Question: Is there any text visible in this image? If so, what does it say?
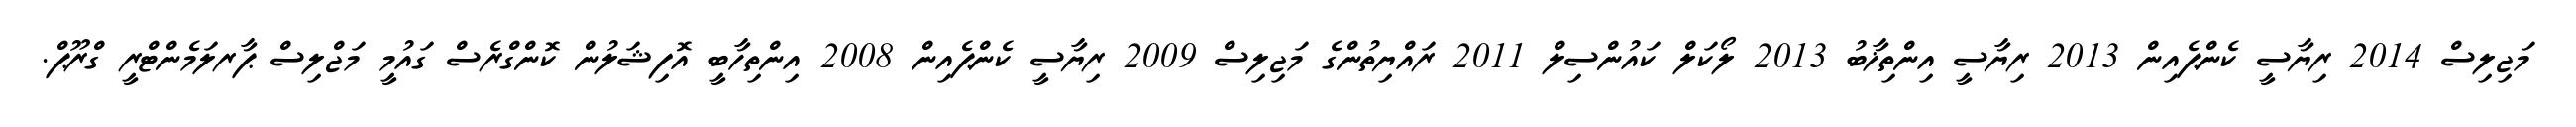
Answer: މަޖިލިސް 2014 ރިޔާސީ ކެންޕެއިން 2013 ރިޔާސީ އިންތިޚާބު 2013 ލޯކަލް ކައުންސިލް 2011 ރައްޔިތުންގެ މަޖިލިސް 2009 ރިޔާސީ ކެންޕެއިން 2008 އިންތިހާބީ އޮފިޝަލުން ކޮންގްރެސް ގައުމީ މަޖްލިސް ޕާރލަމެންޓްރީ ގްރޫޕް.